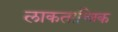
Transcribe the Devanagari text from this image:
लाकतान्त्रिक